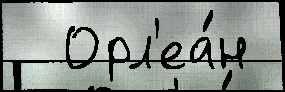
  Орл'еа́н